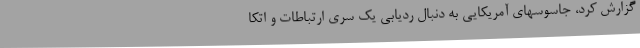
گزارش کرد، جاسوسهای آمریکایی به دنبال ردیابی یک سری ارتباطات و اتکا